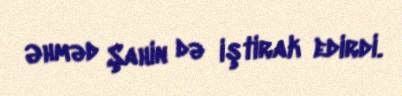
Əhməd Şahin də iştirak edirdi.